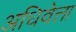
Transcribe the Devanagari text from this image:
अधिवेत्ता